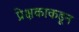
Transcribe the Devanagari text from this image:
प्रेक्षकाकडून